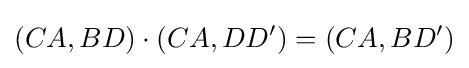
(CA,BD)\cdot (CA,DD')=(CA,BD')